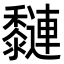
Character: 𪐍